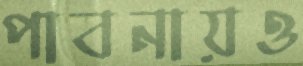
পাবনায়ও